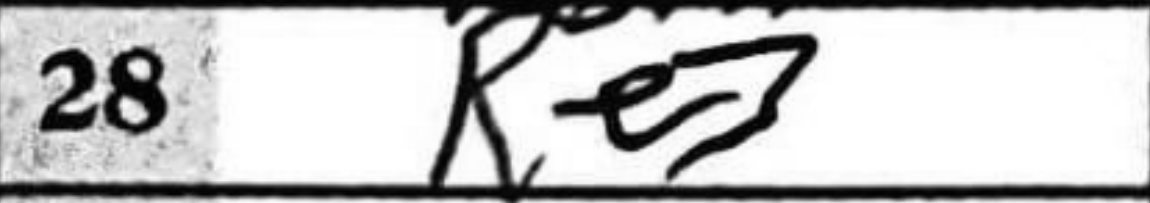
Transcription: Re3